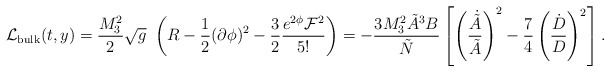
\begin{align*}{\cal L}_{\rm bulk}(t,y)={M_3^2\over 2} \sqrt g\ \left(R-\frac{1}{2}(\partial\phi)^2-{3\over 2}\frac{e^{2\phi}{\cal F}^2}{5!}\right) = -{3 M_3^2 \tilde {A}^3 B\over \tilde N} \left [\left({\dot {\tilde A} \over \tilde A}\right)^2 -{7 \over 4} \left({\dot D\over D}\right)^2 \right].\end{align*}